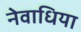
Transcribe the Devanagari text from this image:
नेवाधिया